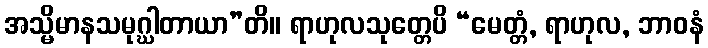
အသ္မိမာနသမုဂ္ဃါတာယာ”တိ။ ရာဟုလသုတ္တေပိ “မေတ္တံ, ရာဟုလ, ဘာဝနံ